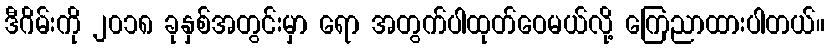
ဒီဂိမ်းကို ၂၀၁၈ ခုနှစ်အတွင်းမှာ ရော အတွက်ပါထုတ်ဝေမယ်လို့ ကြေညာထားပါတယ်။